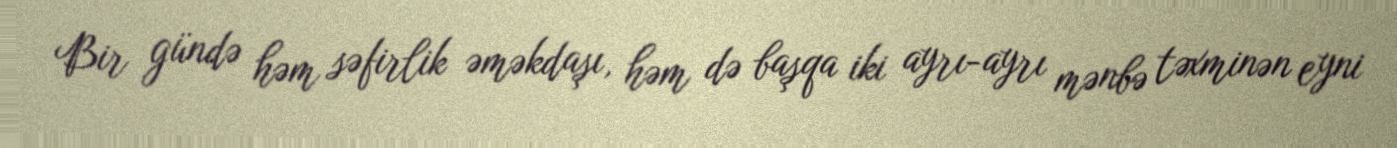
Bir gündə həm səfirlik əməkdaşı, həm də başqa iki ayrı-ayrı mənbə təxminən eyni